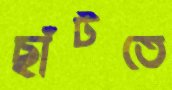
ছাঁটতে